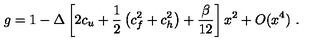
g = 1 - \Delta \left[ 2 c _ { u } + \frac 1 2 \left( c _ { f } ^ { 2 } + c _ { h } ^ { 2 } \right) + \frac \beta { 1 2 } \right] x ^ { 2 } + O ( x ^ { 4 } ) \ .